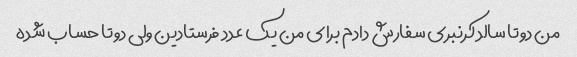
من دوتا سالد کرنبری سفارش دادم برای من یک عدد فرستادین ولی دوتا حساب شده